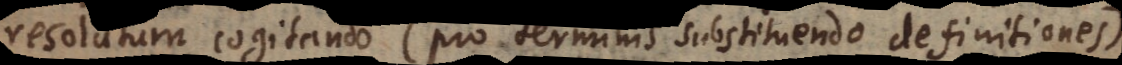
resolutum cogitando (pro terminis substituendo definitiones)